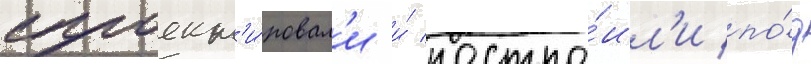
спроект'и́ровал'и и́ постро́ил'и по́д